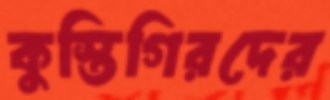
কুস্তিগিরদের